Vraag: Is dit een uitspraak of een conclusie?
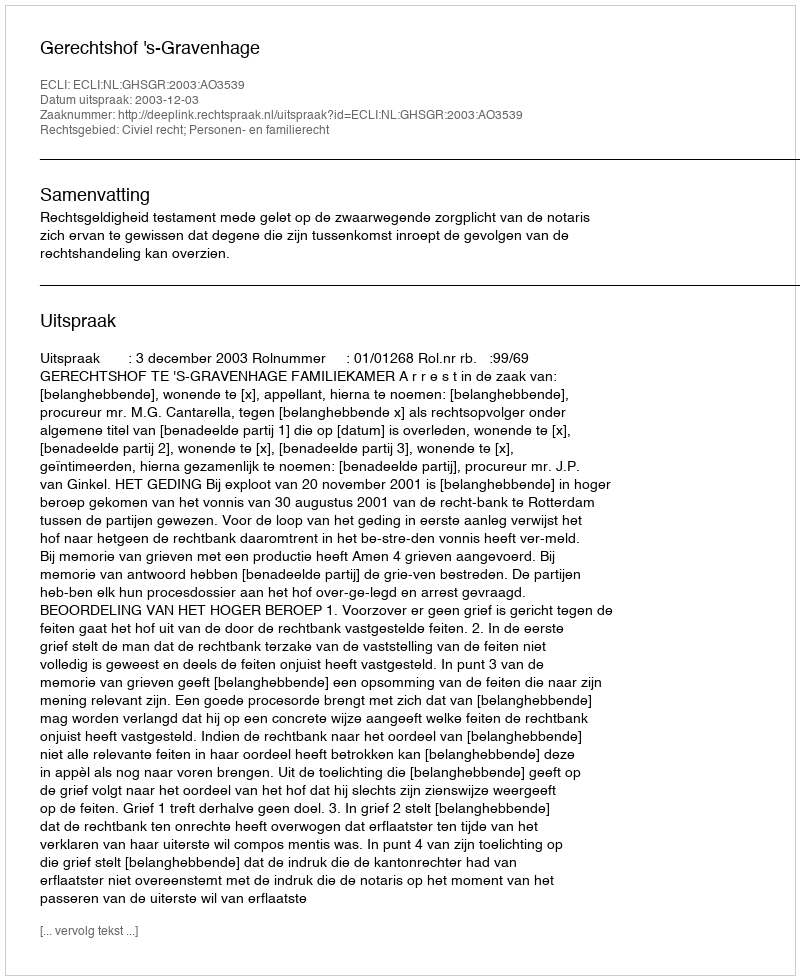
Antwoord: Uitspraak